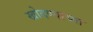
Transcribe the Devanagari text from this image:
खोदण्याच्या